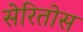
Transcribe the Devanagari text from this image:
सेरितोस